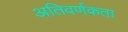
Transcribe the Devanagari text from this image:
अतिवर्णकता